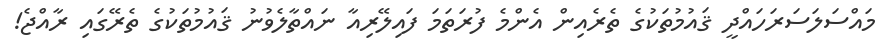
މައްސަލަސަރަހައްދީ ޤައުމުތަކުގެ ތެރެއިން އެންމެ ފުރަތަމަ ފައިލޭރިއާ ނައްތާލެވުނު ޤައުމުތަކުގެ ތެރޭގައި ރާއްޖެ!